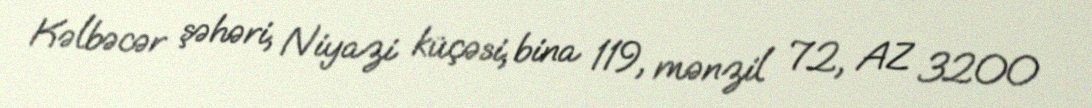
Kəlbəcər şəhəri, Niyazi küçəsi, bina 119, mənzil 72, AZ 3200